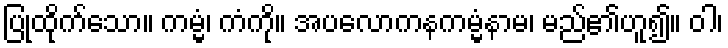
ပြုထိုက်သော။ ကမ္မံ၊ ကံကို။ အပလောကနကမ္မံနာမ၊ မည်၏ဟူ၍။ ဝါ၊